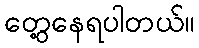
တွေ့နေရပါတယ်။